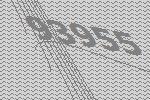
93955